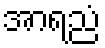
အာရညံ